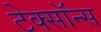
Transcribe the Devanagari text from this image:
टेक्सॉन्स